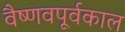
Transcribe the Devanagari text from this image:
वैष्णवपूर्वकाल